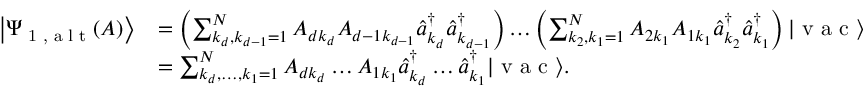
\begin{array} { r l } { \left| \Psi _ { \textrm { 1 , a l t } } ( A ) \right\rangle } & { = \left( \sum _ { k _ { d } , k _ { d - 1 } = 1 } ^ { N } A _ { d k _ { d } } A _ { d - 1 k _ { d - 1 } } \hat { a } _ { k _ { d } } ^ { \dagger } \hat { a } _ { k _ { d - 1 } } ^ { \dagger } \right) \ldots \left( \sum _ { k _ { 2 } , k _ { 1 } = 1 } ^ { N } A _ { 2 k _ { 1 } } A _ { 1 k _ { 1 } } \hat { a } _ { k _ { 2 } } ^ { \dagger } \hat { a } _ { k _ { 1 } } ^ { \dagger } \right) | \textrm { v a c } \rangle } \\ & { = \sum _ { k _ { d } , \ldots , k _ { 1 } = 1 } ^ { N } A _ { d k _ { d } } \ldots A _ { 1 k _ { 1 } } \hat { a } _ { k _ { d } } ^ { \dagger } \ldots \hat { a } _ { k _ { 1 } } ^ { \dagger } | \textrm { v a c } \rangle . } \end{array}